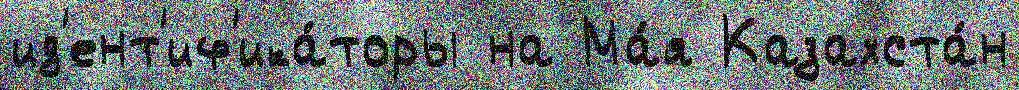
ид'ент'иф'ика́торы на Ма́я Казахста́н